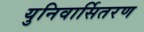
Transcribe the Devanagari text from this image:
युनिवार्सितरण